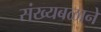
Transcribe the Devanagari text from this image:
संख्यबळाने